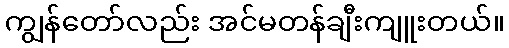
ကျွန်တော်လည်း အင်မတန်ချီးကျူးတယ်။